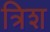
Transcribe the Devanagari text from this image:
त्रिश